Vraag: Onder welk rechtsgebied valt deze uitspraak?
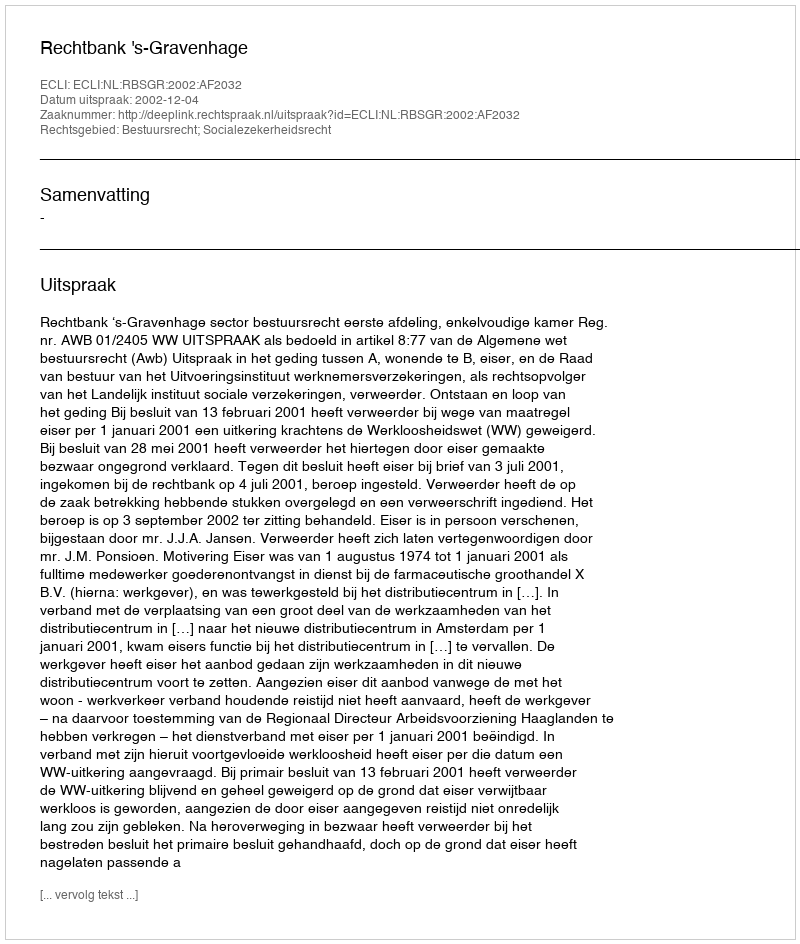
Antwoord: Bestuursrecht; Socialezekerheidsrecht